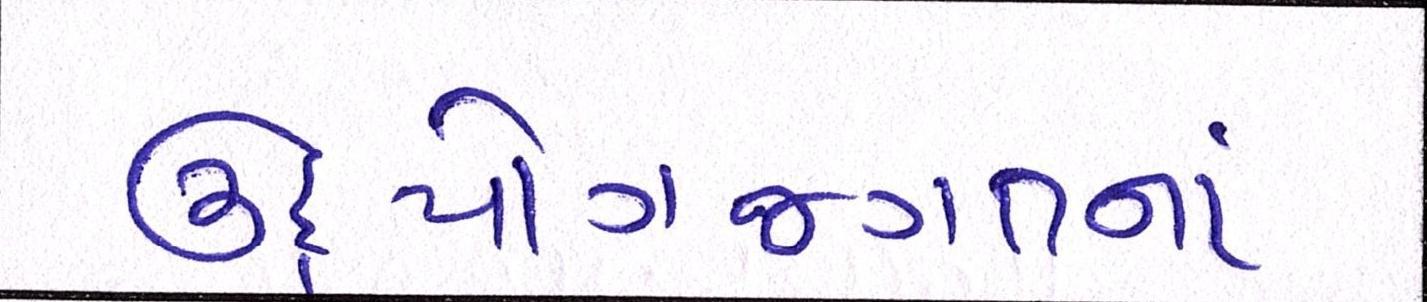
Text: ઉદ્યોગજગતનાં